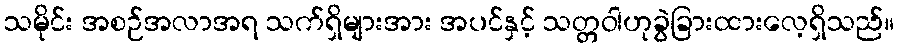
သမိုင်း အစဉ်အလာအရ သက်ရှိများအား အပင်နှင့် သတ္တဝါဟုခွဲခြားထားလေ့ရှိသည်။